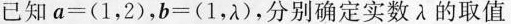
已知$$a = ( 1, 2 )$$，$$b = ( 1 , λ )$$，分别确定实数λ的取值